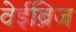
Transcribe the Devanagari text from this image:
वेईब्रिज